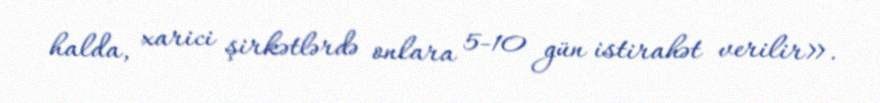
halda, xarici şirkətlərdə onlara 5-10 gün istirahət verilir».